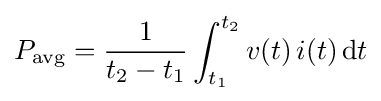
P_{\text{avg}}={\frac {1}{t_{2}-t_{1}}}\int _{t_{1}}^{t_{2}}v(t)\,i(t)\,\mathrm {d} t